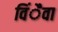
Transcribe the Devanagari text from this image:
विंैवा